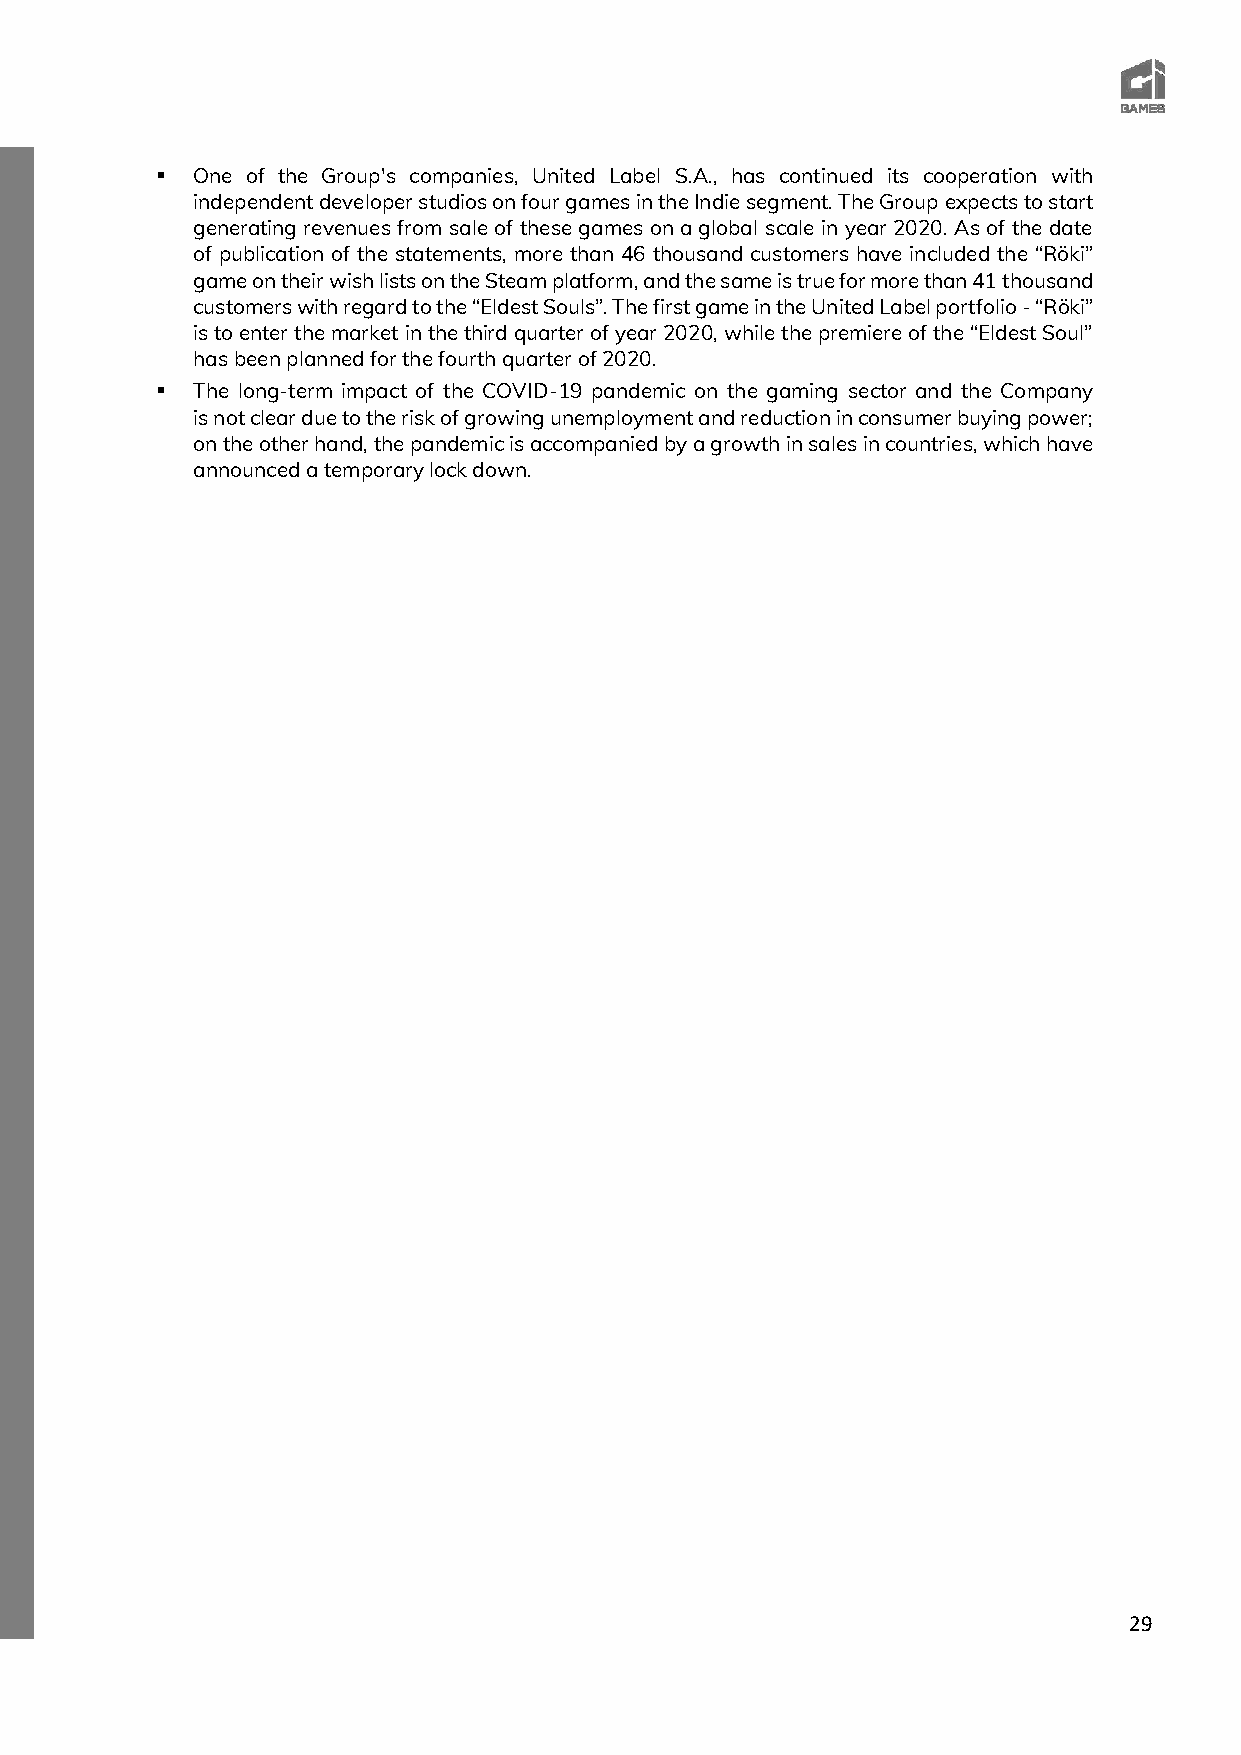
▪  One of the Group's companies, United Label S.A., has continued its cooperation with
 independent developer studios on four games in the Indie segment. The Group expects to start
 generating revenues from sale of these games on a global scale in year 2020. As of the date
 of publication of the statements, more than 46 thousand customers have included the “Röki”
 game on their wish lists on the Steam platform, and the same is true for more than 41 thousand
 customers with regard to the “Eldest Souls”. The first game in the United Label portfolio - “Röki”
 is to enter the market in the third quarter of year 2020, while the premiere of the “Eldest Soul”
 has been planned for the fourth quarter of 2020.
 ▪  The long-term impact of the COVID-19 pandemic on the gaming sector and the Company
 is not clear due to the risk of growing unemployment and reduction in consumer buying power;
 on the other hand, the pandemic is accompanied by a growth in sales in countries, which have
 announced a temporary lock down.
 29